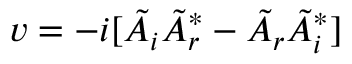
v = - i [ \Tilde { A } _ { i } { \Tilde { A } _ { r } } ^ { * } - \Tilde { A } _ { r } { \Tilde { A } _ { i } } ^ { * } ]